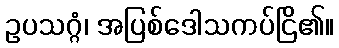
ဥပသဂ္ဂံ၊ အပြစ်ဒေါသကပ်ငြိ၏။